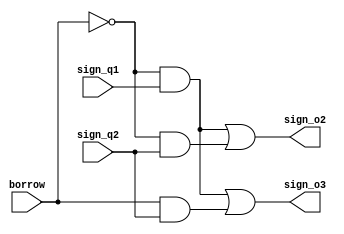
`timescale 1ns / 1ps
//////////////////////////////////////////////////////////////////////////////////
// Company: 
// Engineer: 
// 
// Design Name: 
// Module Name: sign_processing_unit
// Project Name: 
// Target Devices: 
// Tool Versions: 
// Description: 
// 
// Dependencies: 
// 
// Revision:
// Revision 0.01 - File Created
// Additional Comments:
// 
//////////////////////////////////////////////////////////////////////////////////


module sign_processing_unit(input sign_q1, sign_q2, borrow, output sign_o2, sign_o3);
wire i1, i2, i3;

assign i1 = (~borrow) & sign_q1;
assign i2 = borrow & sign_q2;
assign i3 = (~borrow) & sign_q2;

assign sign_o2 = i1 | i3;
assign sign_o3 = i1 | i2;

endmodule